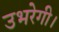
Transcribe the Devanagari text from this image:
उभरेगी।